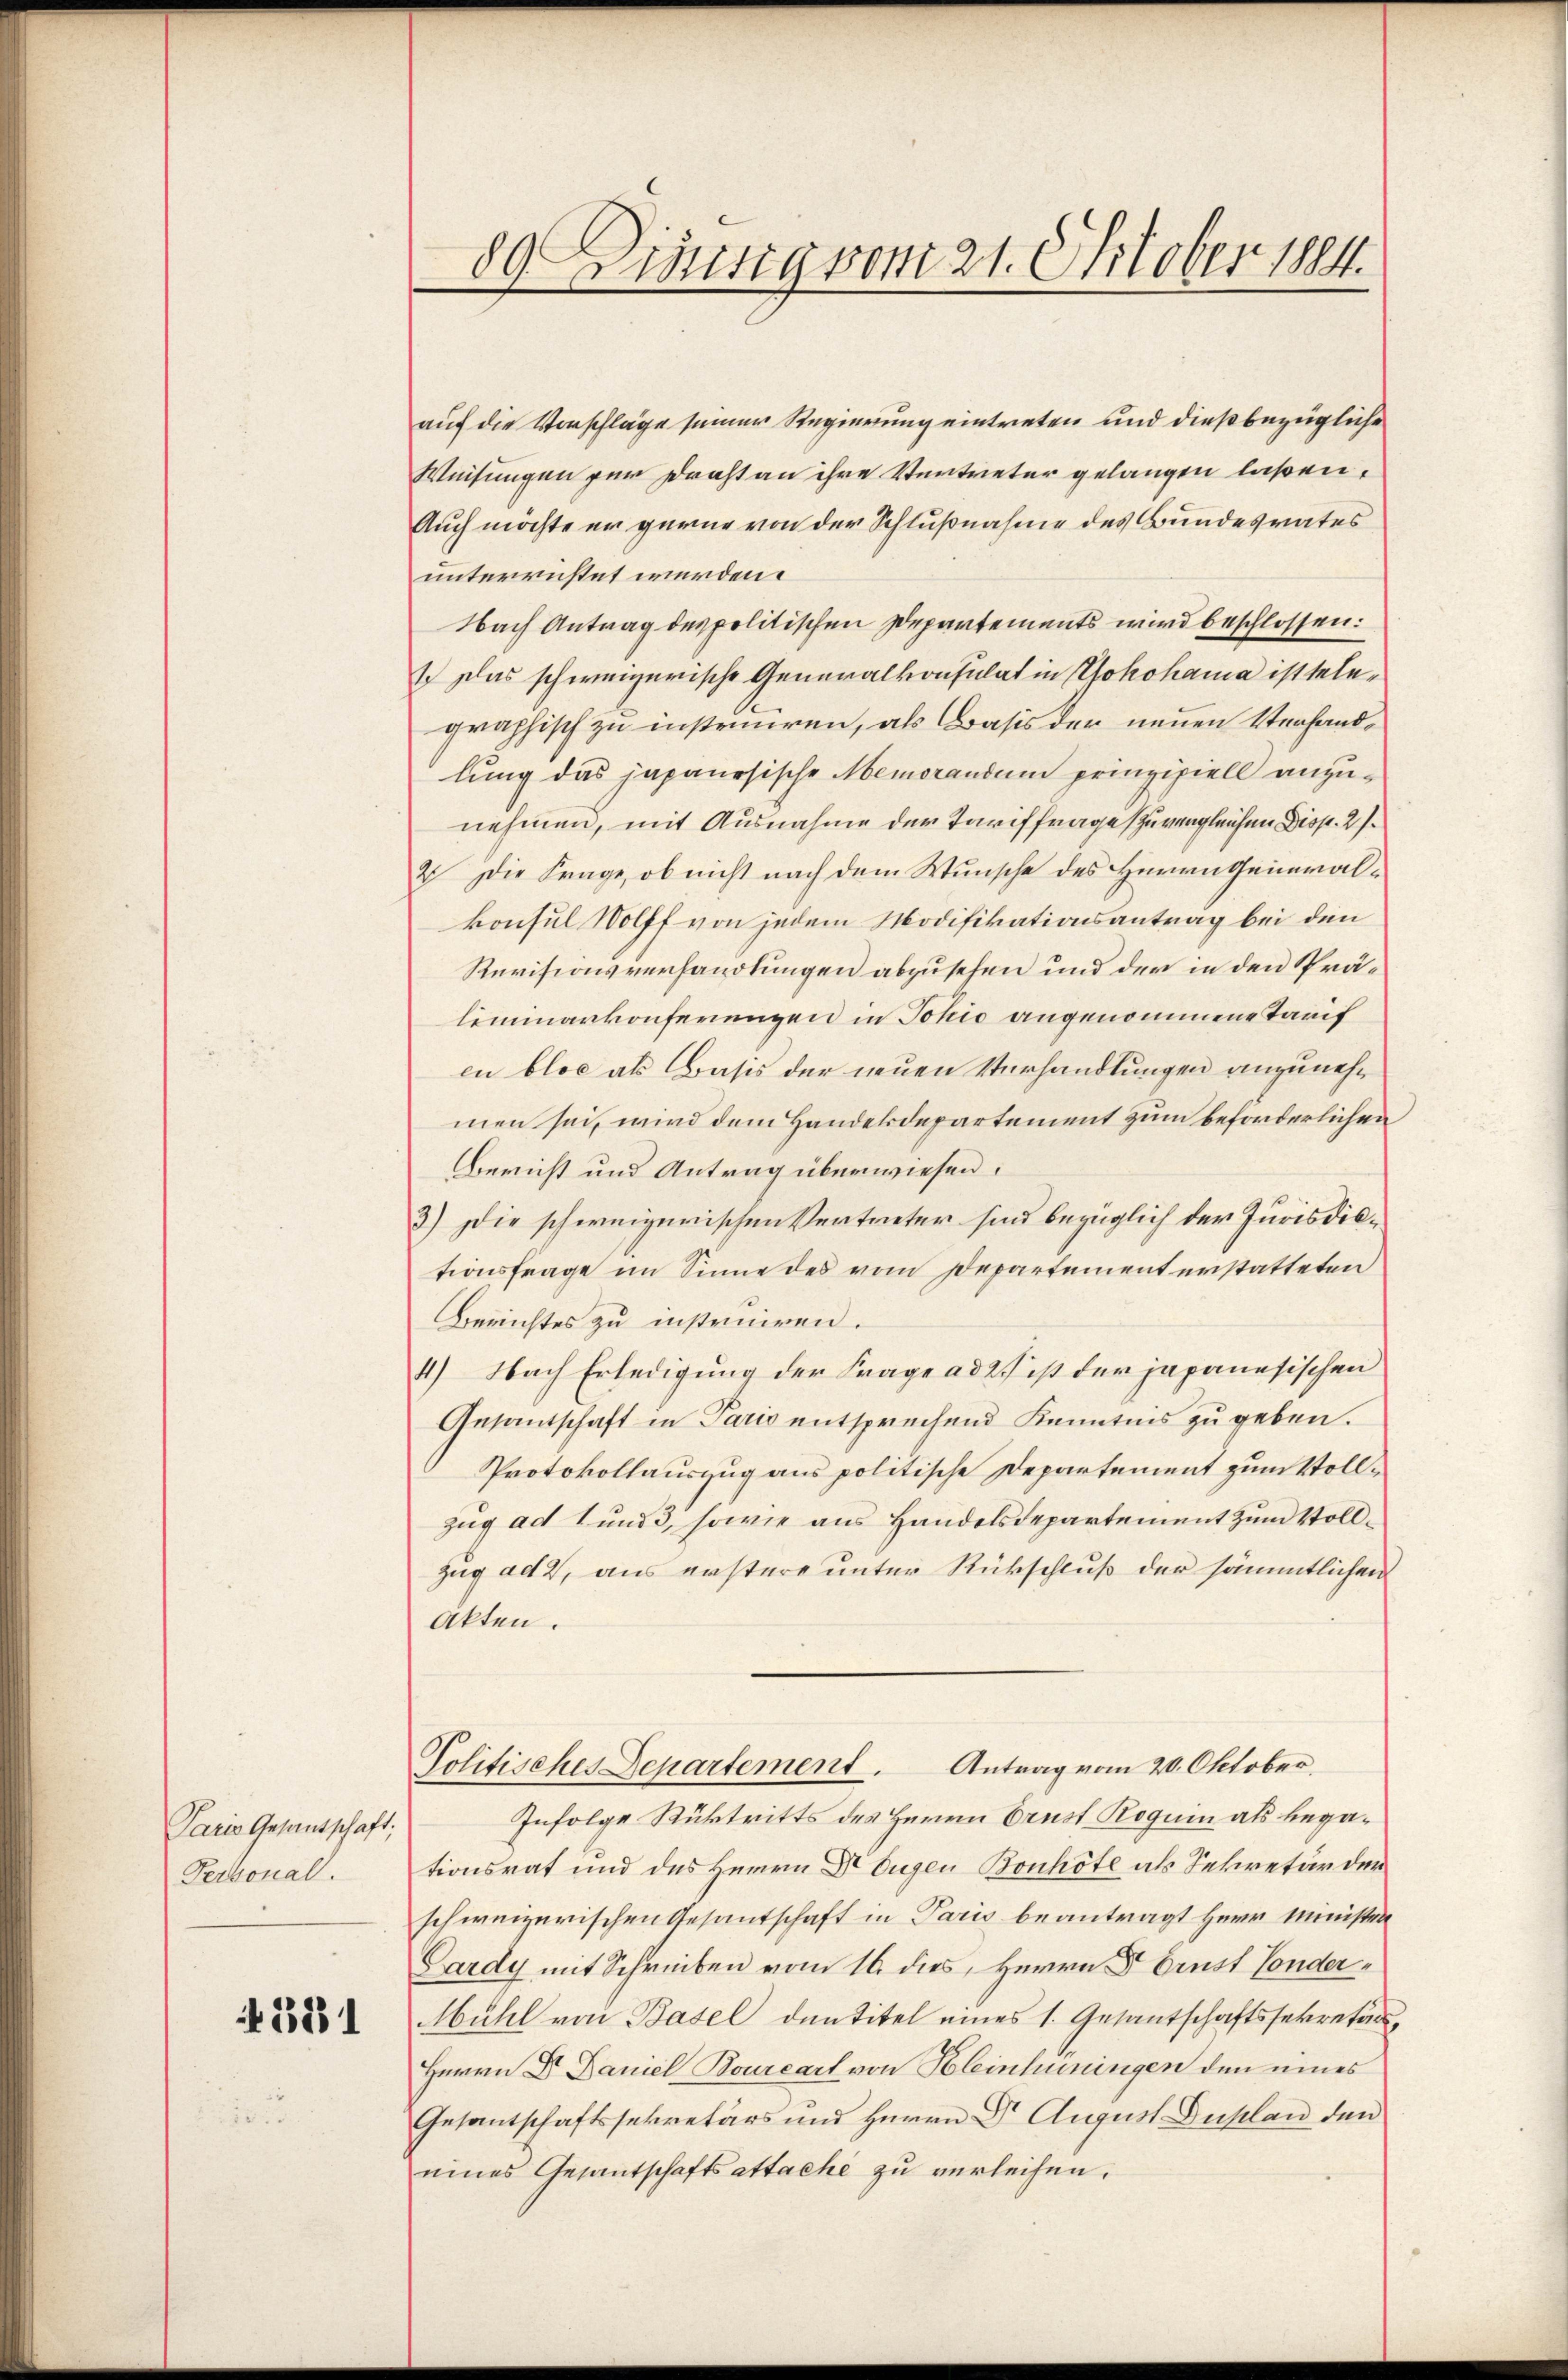
Paris Gesantschaft;
Personal.

2881

auf die Vorschläge seiner Regierung eintreten und dießbezügliche
Weisungen für Draht an ihre Vertreter gelangen laßen,
Auch möchte er gerne von der Schlußnahme des Bundesrates
unterrichtet werden.
Nach Antrag des politischen Departements wird beschlossen:
1. Das schweizerische Generalkonsulat in Yokohama ist telegraphisch zu instruiren, als Basis der neuen Verhandlung das japanesische Memorandum prinzipiell anzunehmen, mit Ausnahme der Tariffrage zu vergleichen Disp. 2 s.
2 Die Frage, ob nicht nach dem Wunsche des Herrn Generalkonsul Wolff von jedem Modifikationsantrag bei den
Revisionsverhandlungen abzusehen und der in den Spräliminarkonferenzen in Johio angenommene Tarif
en blos als Basis der neuen Verhandlungen anzunehmen sei, wird dem Handekdepartement zum beförderlichen
Bericht und Antrag überwiesen.
3) Die schweizerischen Vertreter sind bezüglich der Jurisdistionsfrage im Sinne des vom Departement erstatteten
Berichtes zu instruiren.
4) Nach Erledigung der Frage ad 2. ist der japanesischen
Gesantschaft in Paris entsprechend Kenntnis zu geben.
Protokollauszug aus politische Departement zum Vollzug ad 1 und 3, sowie aus Handelsdepartement zum Vollzug ad 2, aus erstere unter Rückschluß der sämmtlichen
Akten.
Politisches Departement. Antrag vom 20. Oktober.
Infolge Rücktritts des Herrn Ernst Roguin als begationsrat und des Herrn Dr Eugen Bonhöte als Sekretär der
schweizerischen Gesantschaft in Paris beantragt Herr Minister
Lardy mit Schreiben vom 16. dies, Herrn D. Ernst Conder¬
Mühl von Basel dentitel eines 1. Gesantschaftssekretärs
Herrn Dr. Daniel Bourcart von Kleinhüningen den eines
Gesantschaftssekretärs und Herrn Dr. August Duplan den
eines Gesantschaftsattache zu verleihen.

89. Diesig vom 21. Oktober 1884.